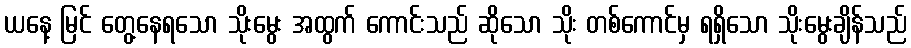
ယနေ့ မြင် တွေ့နေရသော သိုးမွေး အထွက် ကောင်းသည် ဆိုသော သိုး တစ်ကောင်မှ ရရှိသော သိုးမွေးချိန်သည်